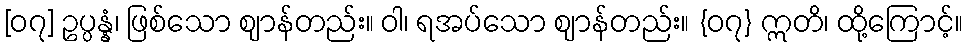
[၀၇] ဥပ္ပန္နံ၊ ဖြစ်သော ဈာန်တည်း။ ဝါ၊ ရအပ်သော ဈာန်တည်း။ {၀၇} ဣတိ၊ ထို့ကြောင့်။